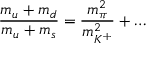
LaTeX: { \frac { m _ { u } + m _ { d } } { m _ { u } + m _ { s } } } = { \frac { m _ { \pi } ^ { 2 } } { m _ { K ^ { + } } ^ { 2 } } } + \dots